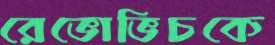
রেভোভিচকে